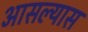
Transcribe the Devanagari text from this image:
आसल्यास